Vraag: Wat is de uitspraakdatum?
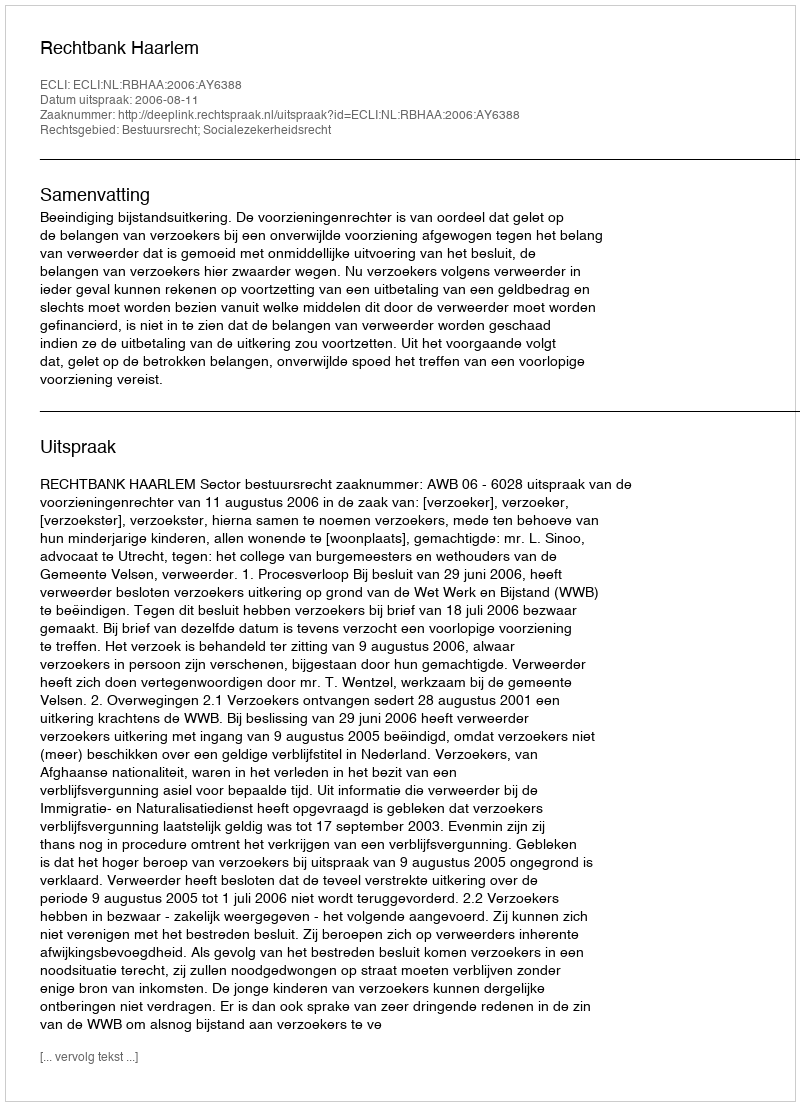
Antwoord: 2006-08-11